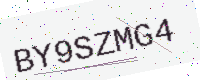
Text: BY9SZMG4